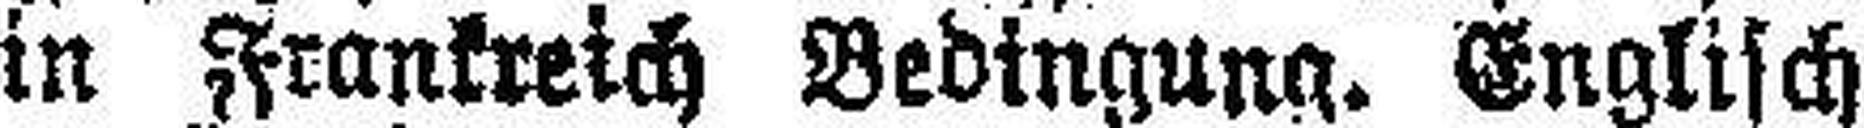
in Frankreich Bedingung. Englisch